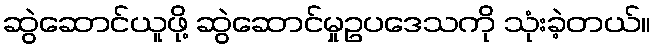
ဆွဲဆောင်ယူဖို့ ဆွဲဆောင်မှုဥပဒေသကို သုံးခဲ့တယ်။